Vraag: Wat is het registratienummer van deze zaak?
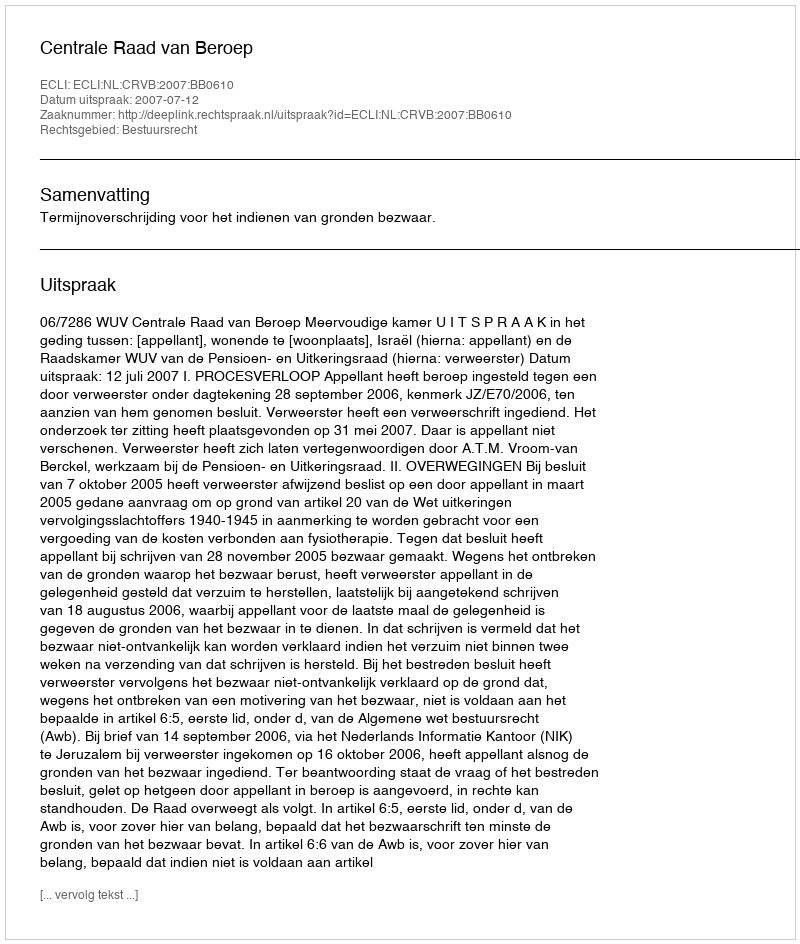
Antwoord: http://deeplink.rechtspraak.nl/uitspraak?id=ECLI:NL:CRVB:2007:BB0610